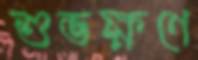
শুভক্ষণে